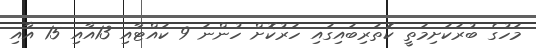
މަހުގެ ބުރަކަށިމަތީ ކޮތަރިބައިގައި ހަރުކޮށް ހުންނަ 9 ކައްޓާއި 13އާއި 15 އާއި